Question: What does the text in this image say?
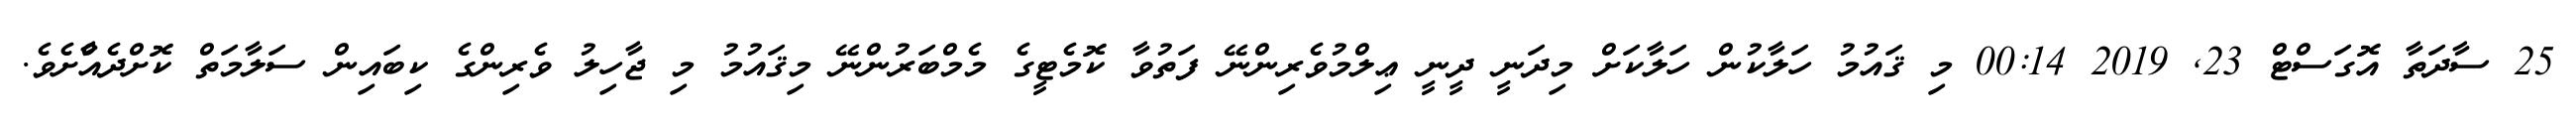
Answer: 25 ސާދަތާ އޮގަސްޓް 23, 2019 00:14 މި ޤައުމު ހަލާކުން ހަލާކަށް މިދަނީ ދީނީ ޢިލްމުވެރިންނޭ ފަތުވާ ކޮމެޓީގެ މެމްބަރުންނޭ މިޤައުމު މި ޖާހިލު ވެރިންގެ ކިބައިން ސަލާމަތް ކޮށްދެއްާށެވެ.